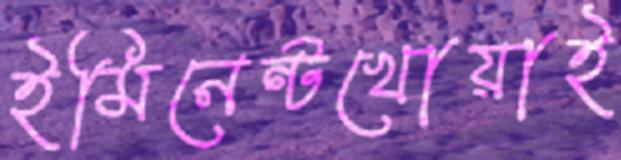
ইমিনেন্টখোয়াই